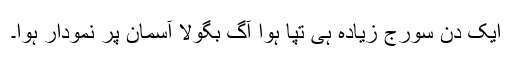
ایک دن سورج زیادہ ہی تپا ہوا آگ بگولا آسمان پر نمودار ہوا۔